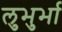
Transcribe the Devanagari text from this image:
लुभुर्भा